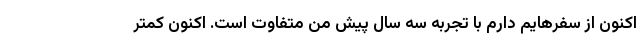
اکنون از سفرهایم دارم با تجربه سه سال پیش من متفاوت است. اکنون کمتر